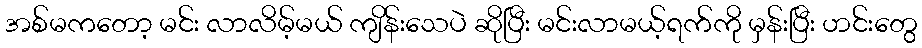
အစ်မကတော့ မင်း လာလိမ့်မယ် ကျိန်းသေပဲ ဆိုပြီး မင်းလာမယ့်ရက်ကို မှန်းပြီး ဟင်းတွေ